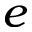
e